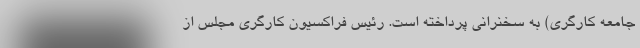
جامعه کارگری) به سخنرانی پرداخته است. رئیس فراکسیون کارگری مجلس از